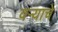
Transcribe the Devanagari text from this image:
वऱ्याचे